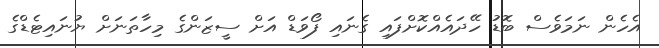
އެހެން ނަމަވެސް ބޮޑު ހޭދައެއްކޮށްފައި ގެނައި ފޯވަޑް އަށް ސީޒަންގެ މިހާތަނަށް ޔުނައިޓެޑްގެ